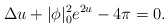
\begin{align*}\Delta u+|\phi|_0^2e^{2u}-4\pi=0.\end{align*}